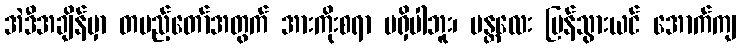
အဲဒီအချိန်မှာ တပည့်တော်အတွက် အားကိုးစရာ မရှိပါဘူး၊ မန္တလေး ပြန်သွားယင် အောက်ကျ